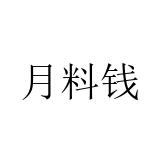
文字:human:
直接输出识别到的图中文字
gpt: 月料钱